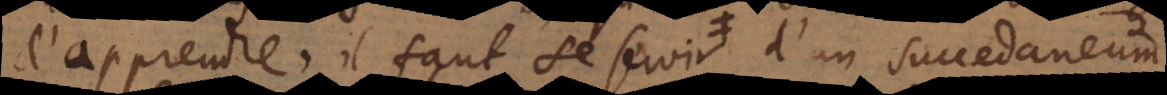
d’apprendre, il faut se servir d’un succedaneum